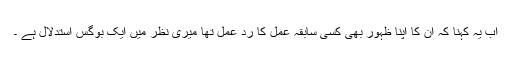
اب یہ کہنا کہ ان کا اپنا ظہور بھی کسی سابقہ عمل کا رد عمل تھا میری نظر میں ایک بوگس استدلال ہے ۔